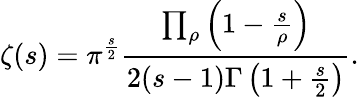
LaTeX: \zeta(s)=\pi^{\frac{s}{2}}{\frac{\prod_{\rho}\left(1-{\frac{s}{\rho}}\right)}{2(s-1)\Gamma\left(1+{\frac{s}{2}}\right)}}.